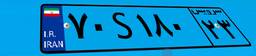
۷۰S۱۸۰۲۳